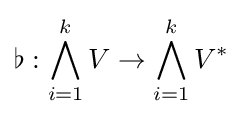
\flat :\bigwedge _{i=1}^{k}V\to \bigwedge _{i=1}^{k}V^{*}